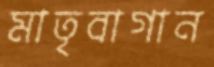
মাতৃবাগান